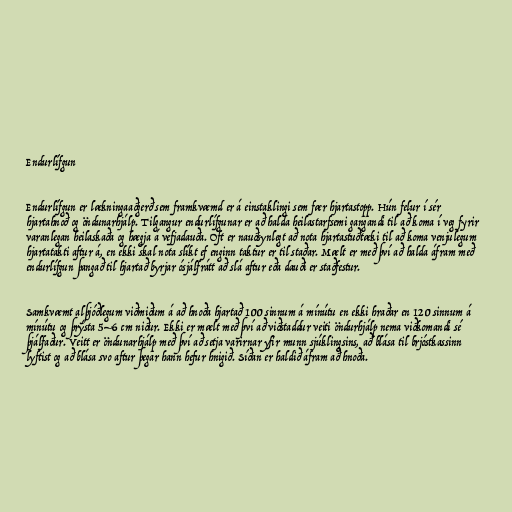
Endurlífgun

Endurlífgun er lækningaaðgerð sem framkvæmd er á einstaklingi sem fær hjartastopp. Hún felur í sér
hjartahnoð og öndunarhjálp. Tilgangur endurlífgunar er að halda heilastarfsemi gangandi til að koma í veg fyrir
varanlegan heilaskaða og hægja á vefjadauða. Oft er nauðsynlegt að nota hjartastuðtæki til að koma venjulegum
hjartatakti aftur á, en ekki skal nota slíkt ef enginn taktur er til staðar. Mælt er með því að halda áfram með
endurlífgun þangað til hjartað byrjar ósjálfrátt að slá aftur eða dauði er staðfestur.

Samkvæmt alþjóðlegum viðmiðum á að hnoða hjartað 100 sinnum á mínútu en ekki hraðar en 120 sinnum á
mínútu og þrýsta 5–6 cm niður. Ekki er mælt með því að viðstaddur veiti öndurhjálp nema viðkomandi sé
þjálfaður. Veitt er öndunarhjálp með því að setja varirnar yfir munn sjúklingsins, að blása til brjóstkassinn
lyftist og að blása svo aftur þegar hann hefur hnigið. Síðan er haldið áfram að hnoða.